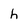
Character: h